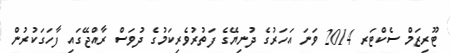
ޓޫރިޒަމް ސެކްޓަރ 2014 ވަނަ އަހަރުގެ ދުނިޔޭގެ ފަތުރުވެރިކަމުގެ ދުވަސް ރާއްޖޭގައި ފާހަގަކުރުން